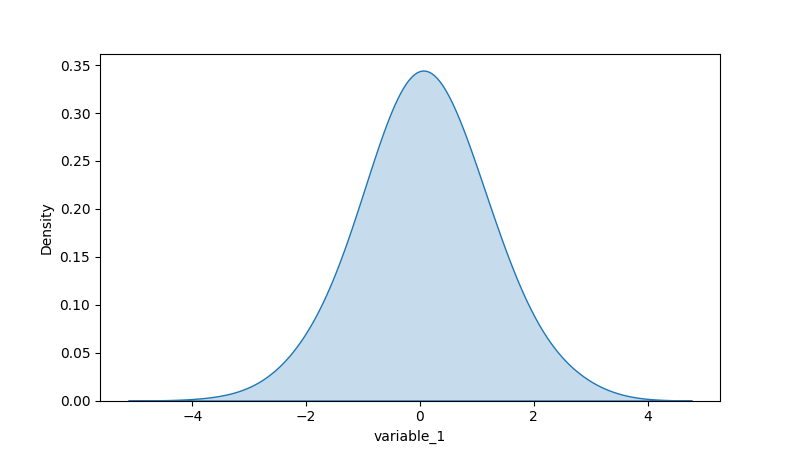
python, seaborn, kdeplot, hue='None', fill=True, bw_adjust=2.0